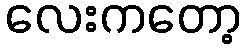
လေးကတော့